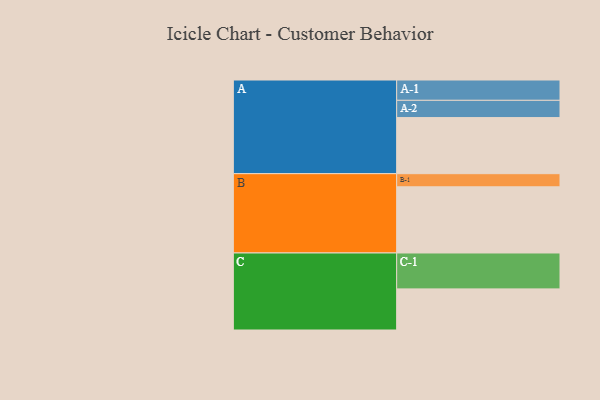
{"axis": {"x": "Segment", "y": "Value"}, "legend": ["", "A", "B", "C"], "data": [{"x": "A", "y": 461, "type": ""}, {"x": "B", "y": 544, "type": ""}, {"x": "C", "y": 338, "type": ""}, {"x": "A-1", "y": 167, "type": "A"}, {"x": "A-2", "y": 142, "type": "A"}, {"x": "B-1", "y": 108, "type": "B"}, {"x": "C-1", "y": 295, "type": "C"}]}